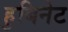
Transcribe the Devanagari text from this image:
हुबिनेट